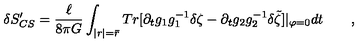
\delta S _ { C S } ^ { \prime } = \frac \ell { 8 \pi G } \int _ { | r | = \bar { r } } T r [ \partial _ { t } g _ { 1 } g _ { 1 } ^ { - 1 } \delta \zeta - \partial _ { t } g _ { 2 } g _ { 2 } ^ { - 1 } \delta \tilde { \zeta } ] | _ { \varphi = 0 } d t \qquad ,